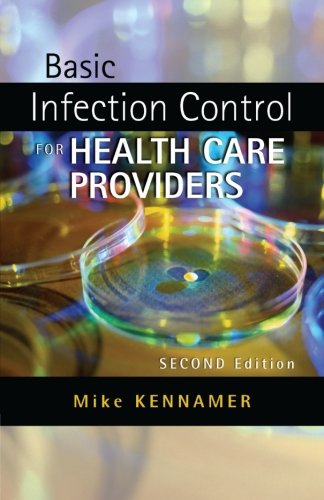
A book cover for Basic Infection Control for Healthcare Providers (Safety and Regulatory for Health Science); Michael Kennamer; Health, Fitness & Dieting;